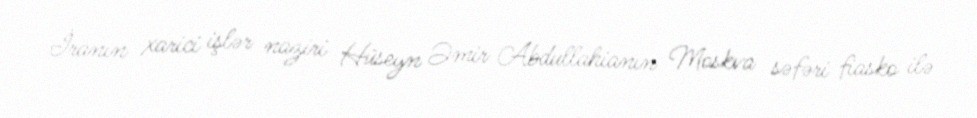
İranın xarici işlər naziri Hüseyn Əmir Abdullahianın Moskva səfəri fiasko ilə